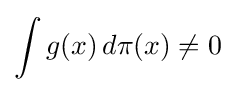
\int g(x)\,d\pi (x)\neq 0